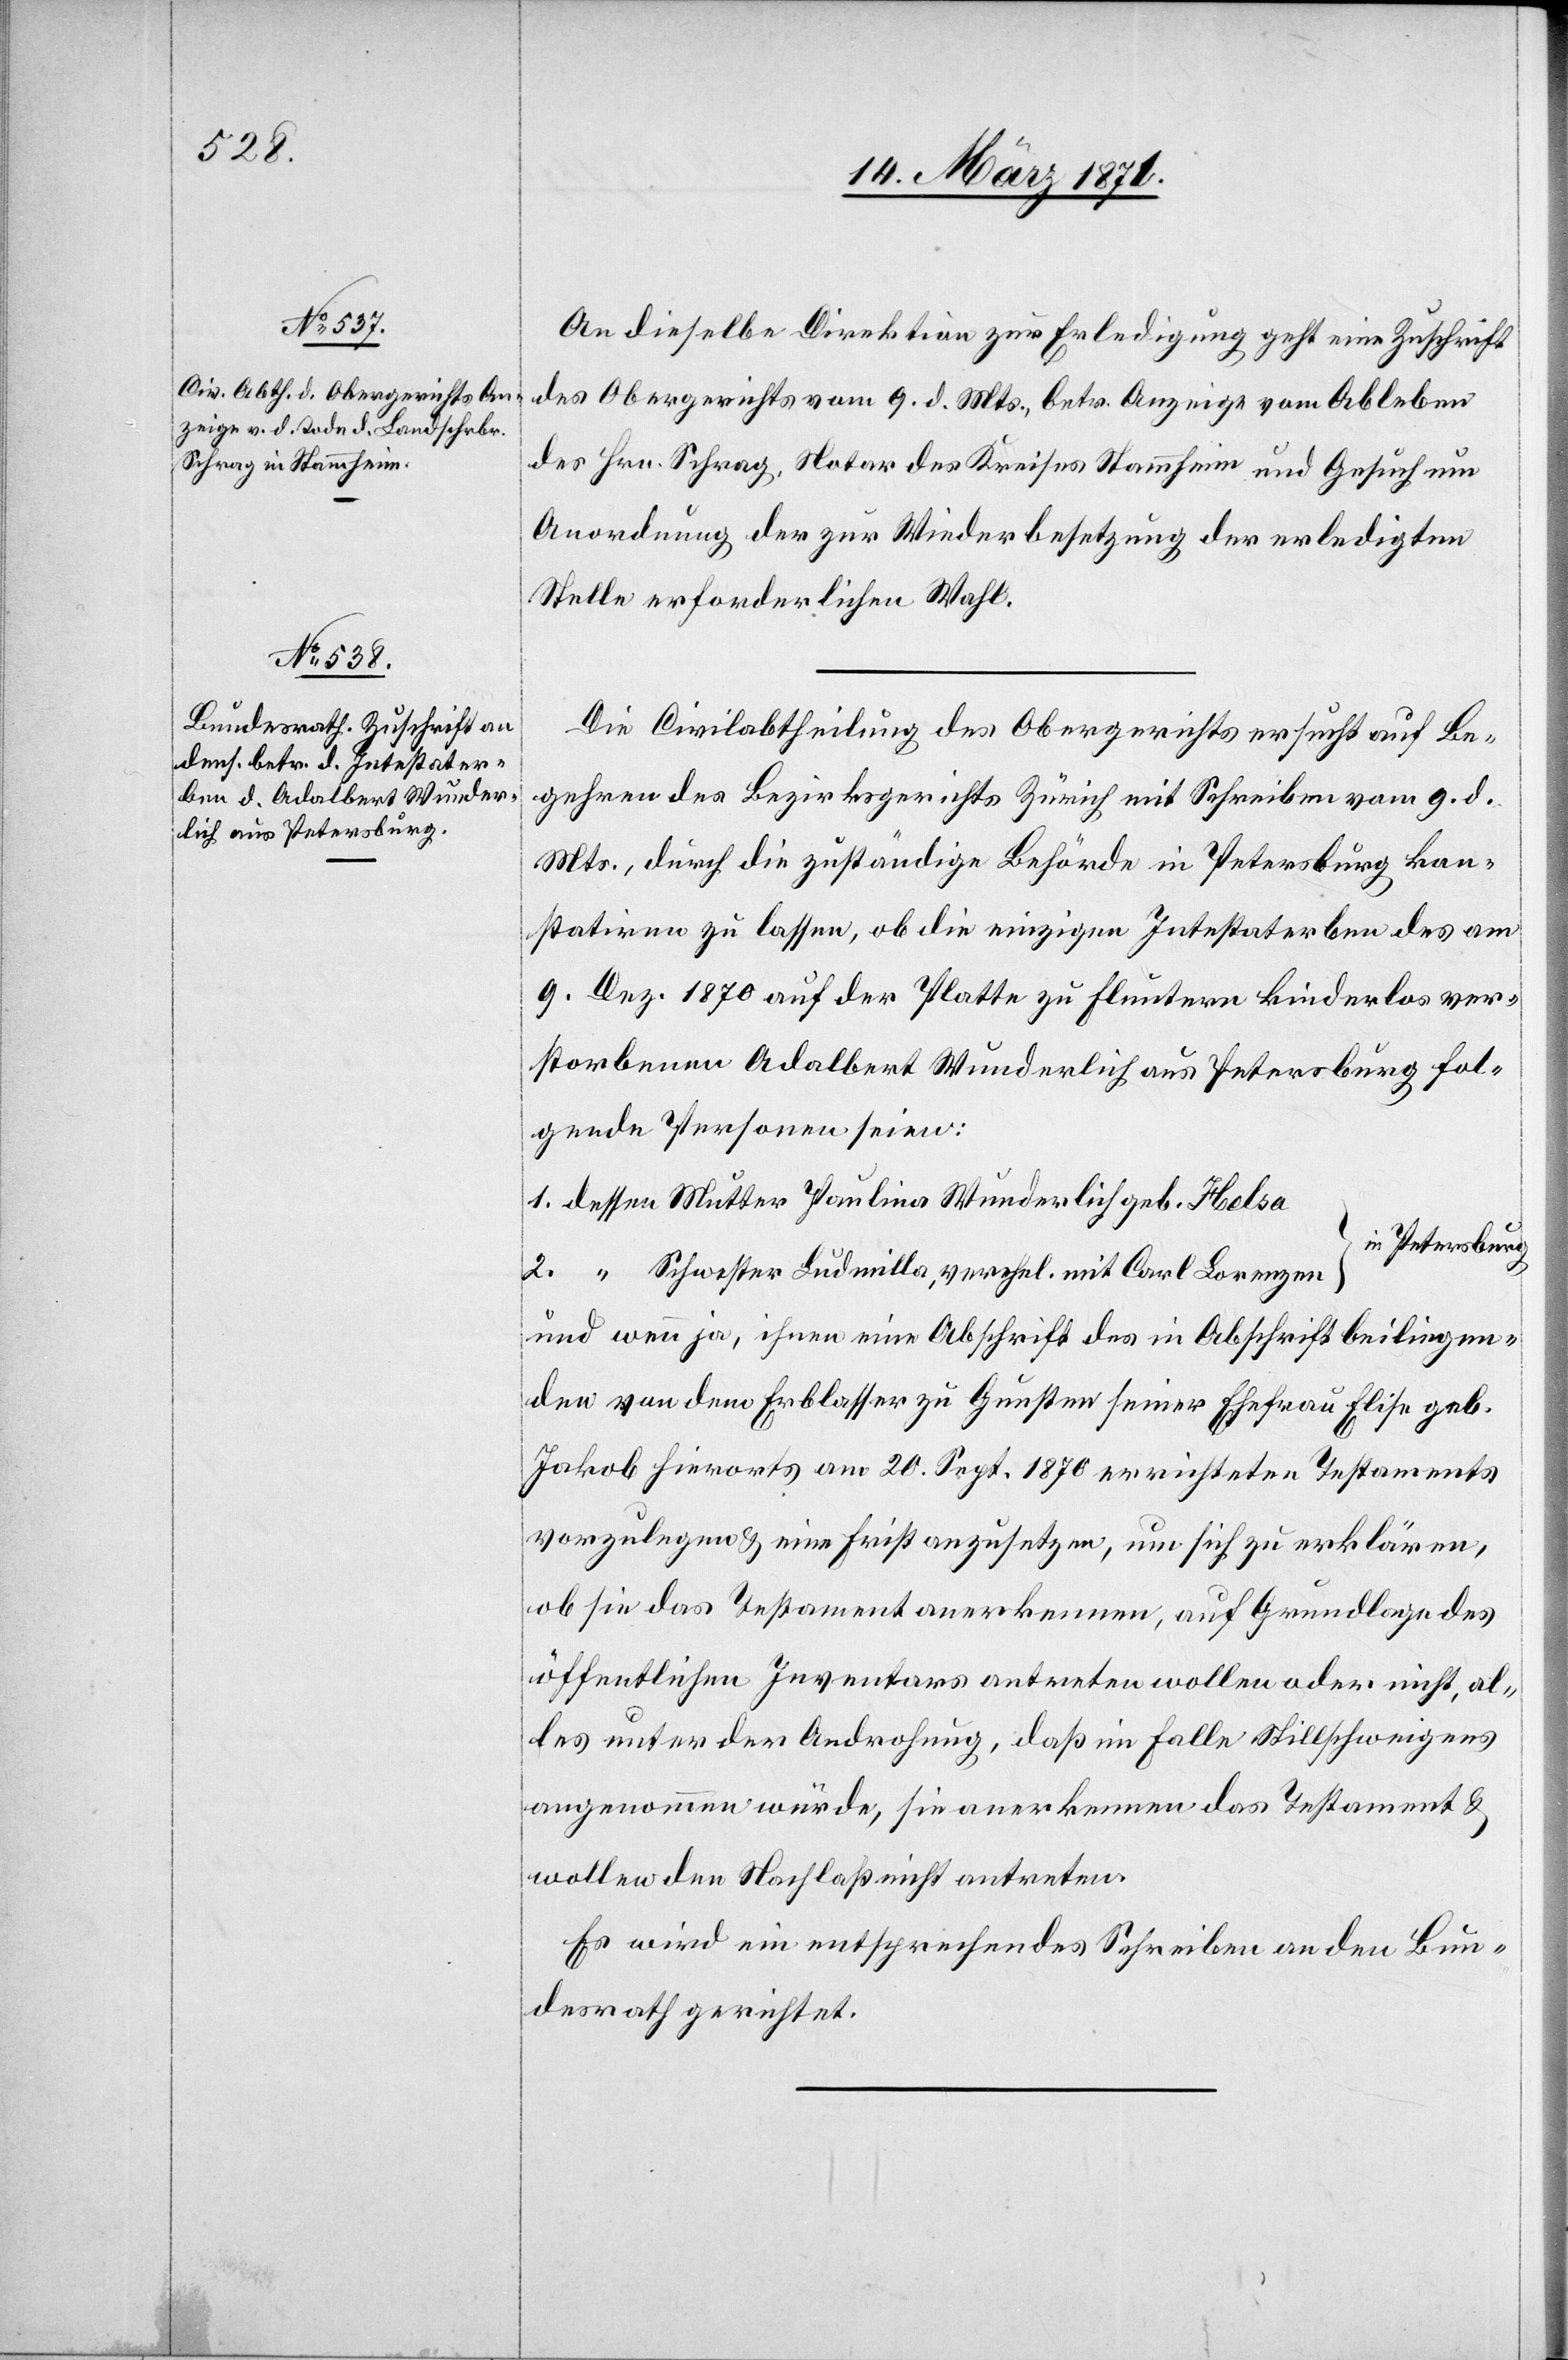
14. März 1871.]
An dieselbe Direktion zur Erledigung geht eine Zuschrift
des Obergerichts vom 9. d. Mts., betr. Anzeige vom Ableben
des Hrn. Schrag, Notar des Kreises Stammheim und Gesuch um
Anordnung der zur Wiederbesetzung der erledigten
Stelle erforderlichen Wahl.
Die Civilabtheilung des Obergerichts ersucht auf Be¬
gehren des Bezirksgerichts Zürich mit Schreiben vom 9. d.
Mts., durch die zuständige Behörde in Petersburg kon¬
statiren zu lassen, ob die einzigen Intestaterben des am
9. Dez. 1870 auf der Platte zu Fluntern kinderlos ver¬
storbenen Adalbert Wunderlich aus Petersburg fol¬
gende Personen seien:
1. dessen Mutter Paulina Wunderlich geb. Helsa
in Petersburg
2. “ Schwester Ludmilla, verehel. mit Carl Lorenzen
und wenn ja, ihnen eine Abschrift des in Abschrift beiliegen¬
den von dem Erblasser zu Gunsten seiner Ehefrau Elise geb.
Jakob hierorts am 20. Sept. 1870 errichteten Testaments
vorzulegen u. eine Frist anzusetzen, um sich zu erklären,
ob sie das Testament anerkennen, auf Grundlage des
öffentlichen Inventars antreten wollen oder nicht, al¬
les unter der Androhung, daß im Falle Stillschweigens
angenommen würde, sie anerkennen das Testament u.
wollen den Nachlaß nicht antreten.
Es wird ein entsprechendes Schreiben an den Bun¬
desrath gerichtet.